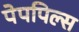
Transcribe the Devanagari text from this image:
पेपपिल्स